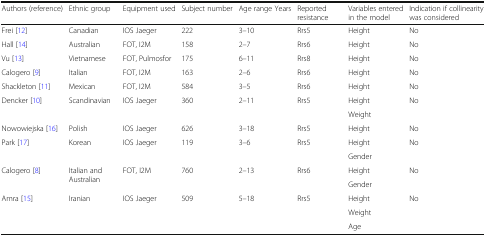
<table><thead><tr><td><b>Authors (reference)</b></td><td><b>Ethnic group</b></td><td><b>Equipment used</b></td><td><b>Subject number</b></td><td><b>Age range Years</b></td><td><b>Reported resistance</b></td><td><b>Variables entered in the model</b></td><td><b>Indication if collinearity was considered</b></td></tr></thead><tbody><tr><td>Frei [12]</td><td>Canadian</td><td>IOS Jaeger</td><td>222</td><td>3–10</td><td>Rrs5</td><td>Height</td><td>No</td></tr><tr><td>Hall [14]</td><td>Australian</td><td>FOT, I2M</td><td>158</td><td>2–7</td><td>Rrs6</td><td>Height</td><td>No</td></tr><tr><td>Vu [13]</td><td>Vietnamese</td><td>FOT, Pulmosfor</td><td>175</td><td>6–11</td><td>Rrs8</td><td>Height</td><td>No</td></tr><tr><td>Calogero [9]</td><td>Italian</td><td>FOT, I2M</td><td>163</td><td>2–6</td><td>Rrs6</td><td>Height</td><td>No</td></tr><tr><td>Shackleton [11]</td><td>Mexican</td><td>FOT, I2M</td><td>584</td><td>3–5</td><td>Rrs6</td><td>Height</td><td>No</td></tr><tr><td rowspan="2">Dencker [10]</td><td rowspan="2">Scandinavian</td><td rowspan="2">IOS Jaeger</td><td rowspan="2">360</td><td rowspan="2">2–11</td><td rowspan="2">Rrs5</td><td>Height</td><td rowspan="2">No</td></tr><tr><td>Weight</td></tr><tr><td>Nowowiejska [16]</td><td>Polish</td><td>IOS Jaeger</td><td>626</td><td>3–18</td><td>Rrs5</td><td>Height</td><td>No</td></tr><tr><td rowspan="2">Park [17]</td><td rowspan="2">Korean</td><td rowspan="2">IOS Jaeger</td><td rowspan="2">119</td><td rowspan="2">3–6</td><td rowspan="2">Rrs5</td><td>Height</td><td rowspan="2">No</td></tr><tr><td>Gender</td></tr><tr><td rowspan="2">Calogero [8]</td><td rowspan="2">Italian and Australian</td><td rowspan="2">FOT, I2M</td><td rowspan="2">760</td><td rowspan="2">2–13</td><td rowspan="2">Rrs6</td><td>Height</td><td rowspan="2">No</td></tr><tr><td>Gender</td></tr><tr><td rowspan="3">Amra [15]</td><td rowspan="3">Iranian</td><td rowspan="3">IOS Jaeger</td><td rowspan="3">509</td><td rowspan="3">5–18</td><td rowspan="3">Rrs5</td><td>Height</td><td rowspan="3">No</td></tr><tr><td>Weight</td></tr><tr><td>Age</td></tr></tbody></table>